Lunatic asylums Central Provinces reports 1886-1894 - 1886-1894
Year: 1886
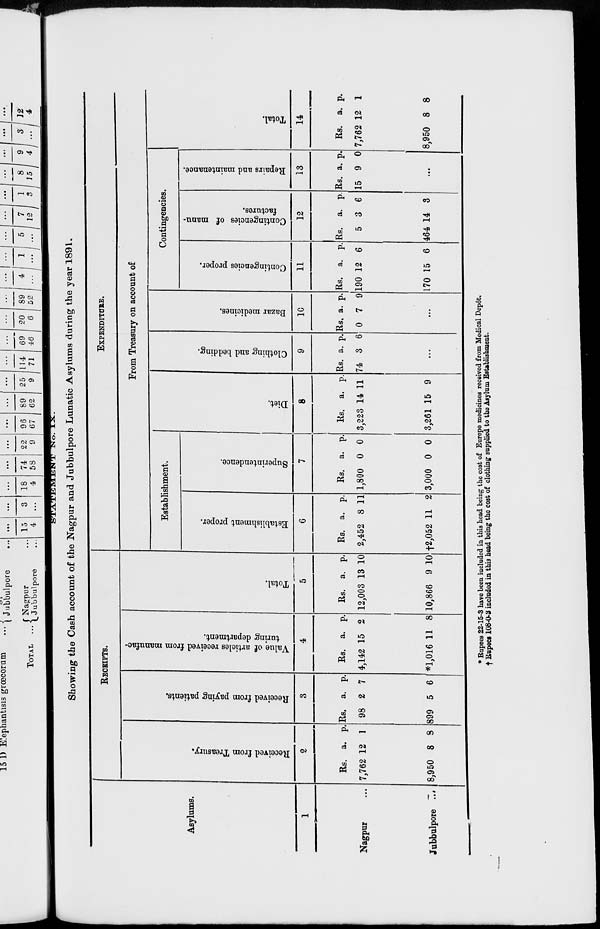
STATEMENT No. IX.
Showing the Cash account of the Nagpur and Jubbulpore Lunatic Asylums during the year 1891.
Asylums.
1
Nagpur ...
Jubbulpore ...
RECEIPTS.
Received from Treasury.
2
Rs.
7,762
8,950
a.
12
8
p.
1
8
Received from paying patients.
3
Rs.
98
899
a.
2
5
p.
7
6
Value of articles received from manufac-
turing department.
4
Rs.
4,142
*1,016
a.
15
11
p.
2
8
Total.
5
Rs.
12,003
10,866
a.
13
9
p.
10
10
EXPENDITURE.
From Treasury on account of
Establishment.
Establishment proper.
6
Rs.
2,452
†2,052
a.
8
11
p.
11
Superintendence.
7
Rs.
1,800
2 3,000
a.
0
0
p.
0
0
Diet.
8
Rs.
3,223
3,261
a.
14
15
p.
11
9
Clothing and bedding.
9
Rs.
74
a.
3
p.
6
...
Bazar medicines.
1C
Rs.
0
a.
7
p.
9
...
Contingencies.
Contingencies proper.
11
Rs.
190
170
a.
12
15
p.
6
6
Contingencies of manu-
factures.
12
Rs.
5
464
a.
3
14
p.
6
3
Repairs and maintenance.
13
Rs.
15
a.
9
p.
0
...
Total.
14
Rs.
7,762
8,950
a.
12
8
p.
1
8
* Rupees 22-15-3 have been included in this head being the cost of Europe medicines received from Medical Depôt.
† Rupees 108-0-3 included in this head being the cost of clothing supplied to the Asylum Establishment.